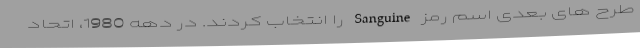
طرح های بعدی اسم رمز Sanguine را انتخاب کردند. در دهه 1980، اتحاد